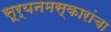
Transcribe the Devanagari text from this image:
सूर्यनमस्कारांचा